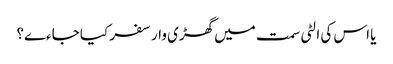
یا اس کی الٹی سمت میں گھڑی وار سفر کیا جاءے؟